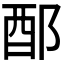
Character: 𨟰